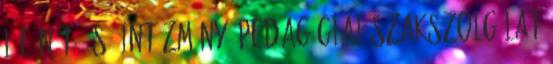
l e n t é s. Intézmény, Pedagógiai Szakszolgálat